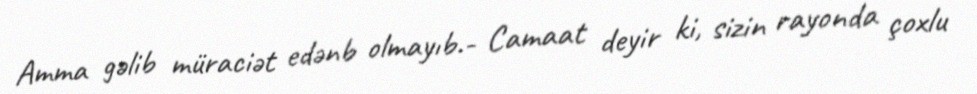
Amma gəlib müraciət edənb olmayıb.- Camaat deyir ki, sizin rayonda çoxlu